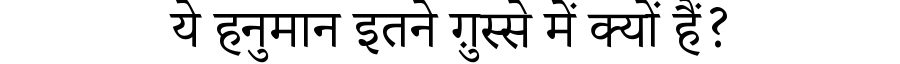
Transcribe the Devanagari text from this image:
ये हनुमान इतने ग़ुस्से में क्यों हैं?